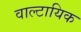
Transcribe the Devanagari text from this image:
वाल्टायिक